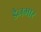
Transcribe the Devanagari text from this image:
डैनमार